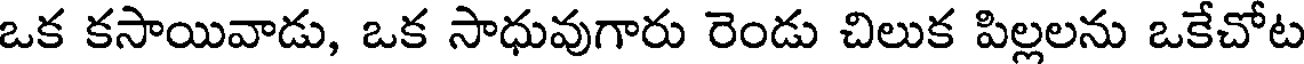
ఒక కసాయివాడు, ఒక సాధువుగారు రెండు చిలుక పిల్లలను ఒకేచోట